Observations on the prevention of leprosy by segregation
Disease focus: Leprosy
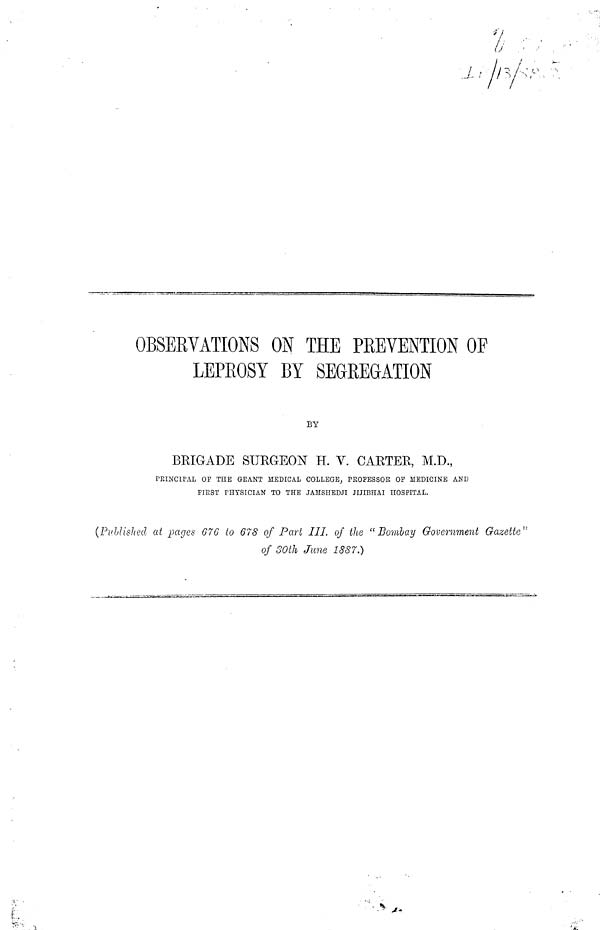
OBSERVATIONS ON THE PREVENTION OF
LEPROSY BY SEGREGATION
BY
BRIGADE SURGEON H. V. CARTER, M.D.,
PRINCIPAL OP THE GEANT MEDICAL COLLEGE, PROFESSOR OF MEDICINE AND
FIRST PHYSICIAN TO THE JAMSHEDJI JIJIBHAI HOSPITAL.
(Published at pages 676 to 678 of Part III. of the "Bombay Government Gazette"
of 30th June 1887.)